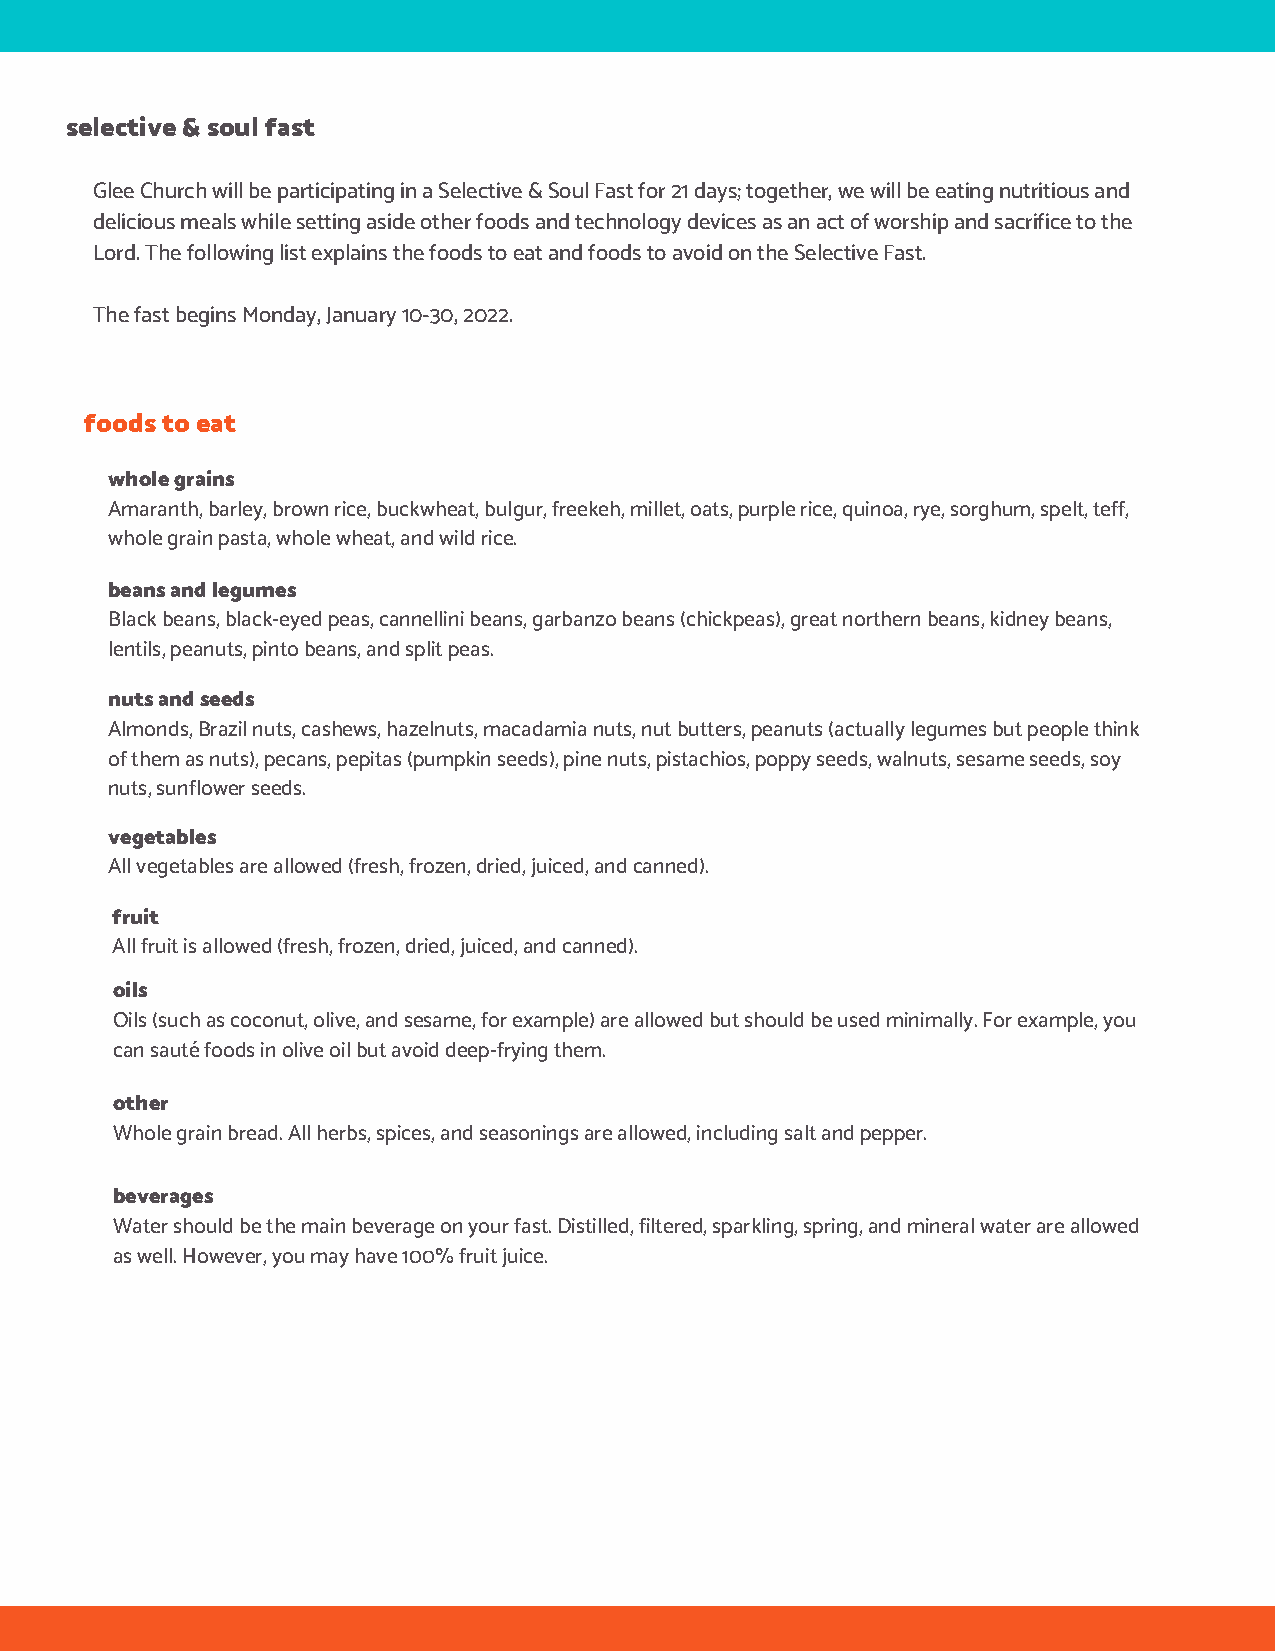
selective & soul fast
 Glee Church will be participating in a Selective & Soul Fast for 21 days; together, we will be eating nutritious and
 delicious meals while setting aside other foods and technology devices as an act of worship and sacrifice to the
 Lord. The following list explains the foods to eat and foods to avoid on the Selective Fast.
 The fast begins Monday, January 10-30, 2022.
 foods to eat
 whole grains
 Amaranth, barley, brown rice, buckwheat, bulgur, freekeh, millet, oats, purple rice, quinoa, rye, sorghum, spelt, teff,
 whole grain pasta, whole wheat, and wild rice.
 beans and legumes
 Black beans, black-eyed peas, cannellini beans, garbanzo beans (chickpeas), great northern beans, kidney beans,
 lentils, peanuts, pinto beans, and split peas.
 nuts and seeds
 Almonds, Brazil nuts, cashews, hazelnuts, macadamia nuts, nut butters, peanuts (actually legumes but people think
 of them as nuts), pecans, pepitas (pumpkin seeds), pine nuts, pistachios, poppy seeds, walnuts, sesame seeds, soy
 nuts, sunflower seeds.
 vegetables
 All vegetables are allowed (fresh, frozen, dried, juiced, and canned).
 fruit
 All fruit is allowed (fresh, frozen, dried, juiced, and canned).
 oils
 Oils (such as coconut, olive, and sesame, for example) are allowed but should be used minimally. For example, you
 can sauté foods in olive oil but avoid deep-frying them.
 other
 Whole grain bread. All herbs, spices, and seasonings are allowed, including salt and pepper.
 beverages
 Water should be the main beverage on your fast. Distilled, filtered, sparkling, spring, and mineral water are allowed
 as well. However, you may have 100% fruit juice.